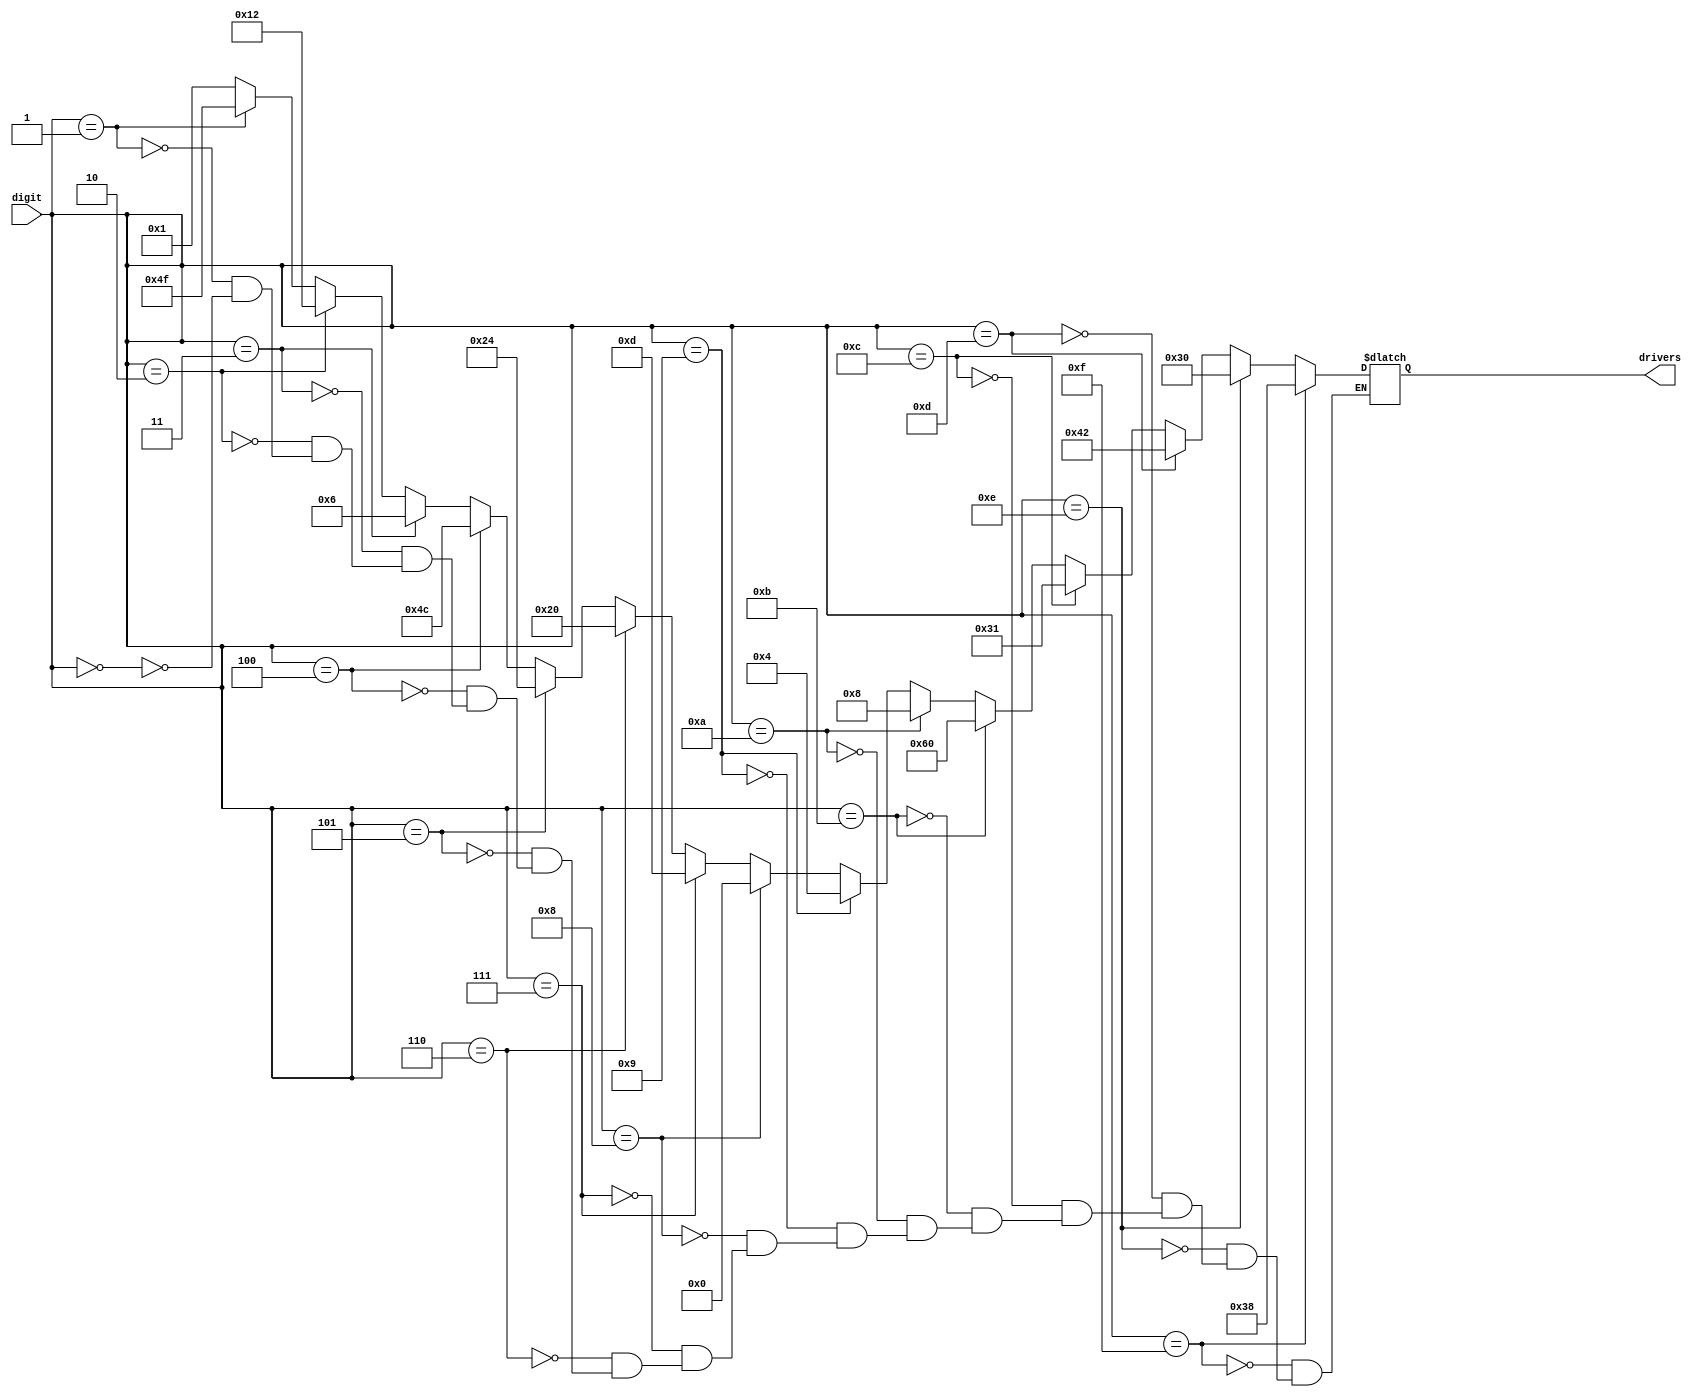
module sevensegdecoder_always(digit, drivers);
    input [3:0] digit;
    output [6:0] drivers;	// Take a to be the MSB of the vector.
    reg [6:0] drivers;

    always @(digit) begin
    	if(digit == 4'h0)
		begin
			drivers = 7'b0000001;
		end
		if(digit == 4'h1)
		begin
			drivers = 7'b1001111;
		end
		if(digit == 4'h2)
		begin
			drivers = 7'b0010010;
		end
		if(digit == 4'h3)
		begin
			drivers = 7'b0000110;
		end
		if(digit == 4'h4)
		begin
			drivers = 7'b1001100;
		end
		if(digit == 4'h5)
		begin
			drivers = 7'b0100100;
		end
		if(digit == 4'h6)
		begin
			drivers = 7'b0100000;
		end
		if(digit == 4'h7)
		begin
			drivers = 7'b0001101;
		end
		if(digit == 4'h8)
		begin
			drivers = 7'b0000000;
		end
		if(digit == 4'h9)
		begin
			drivers = 7'b0000100;
		end
		if(digit == 4'hA)
		begin
			drivers = 7'b0001000;
		end
		if(digit == 4'hB)
		begin
			drivers = 7'b1100000;
		end
		if(digit == 4'hC)
		begin
			drivers = 7'b0110001;
		end
		if(digit == 4'hD)
		begin
			drivers = 7'b1000010;
		end
		if(digit == 4'hE)
		begin
			drivers = 7'b0110000;
		end
		if(digit == 4'hF)
		begin
			drivers = 7'b0111000;
		end
    end

endmodule